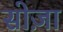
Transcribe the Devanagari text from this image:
सोज़ा